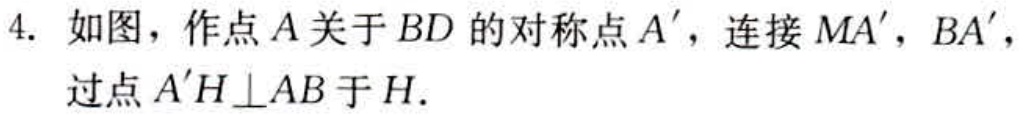
4. 如图，作点\(A\)关于\(BD\)的对称点\(A'\)，连接\(MA'\)，\(BA'\)，过点\(A'H\perp AB\)于\(H\).